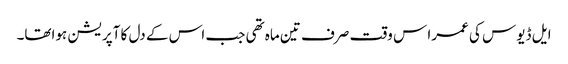
ایل ڈیوس کی عمرا س وقت صرف تین ماہ تھی جب اس کے دل کا آپریشن ہواتھا۔